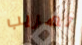
تهريب